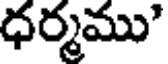
ధర్మము'